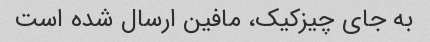
به جای چیزکیک، مافین ارسال شده است